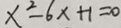
x ^ { 2 } - 6 x + 1 = 0